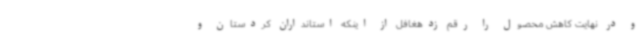
و در نهایت کاهش محصول را رقم زدهغافل از اینکه استانداران کردستان و